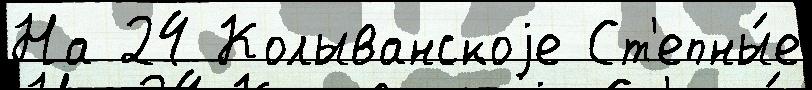
На 24 Колыванскоjе Ст'епны́е